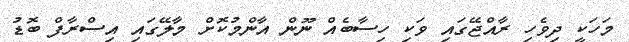
މަހަކީ ދިވެހި ރާއްޖޭގައި ވަކި ހިސާބެއް ނޫން އާންމުކޮށް މާލޭގައި އިސްރާފް ބޮޑު